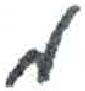
אות: מ